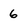
Character: 6